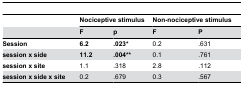
<table><thead><tr><td></td><td colspan="2"><b>Nociceptive stimulus</b></td><td colspan="2"><b>Non-nociceptive stimulus</b></td></tr><tr><td></td><td><b>F</b></td><td><b>p</b></td><td><b>F</b></td><td><b>P</b></td></tr></thead><tbody><tr><td><b>Session</b></td><td><b>6.2</b></td><td><b>.023*</b></td><td>0.2</td><td>.631</td></tr><tr><td><b>session x side</b></td><td><b>11.2</b></td><td><b>.004**</b></td><td>0.1</td><td>.761</td></tr><tr><td><b>session x site</b></td><td>1.1</td><td>.318</td><td>2.8</td><td>.112</td></tr><tr><td><b>session x side x site</b></td><td>0.2</td><td>.679</td><td>0.3</td><td>.567</td></tr></tbody></table>